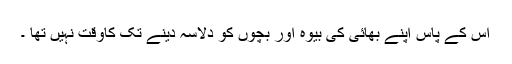
اس کے پاس اپنے بھائی کی بیوہ اور بچوں کو دلاسہ دینے تک کاوقت نہیں تھا ۔